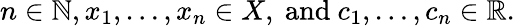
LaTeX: n\in\mathbb{N},x_{1},\dots,x_{n}\in X,{\mathrm{~and~}}c_{1},\dots,c_{n}\in\mathbb{R}.